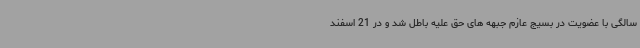
سالگی با عضویت در بسیج عازم جبهه های حق علیه باطل شد و در 21 اسفند